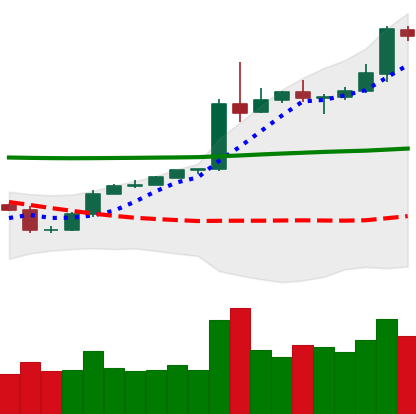
Ticker: BTC-USD
Chart end date: 2020-05-08
Forward return: -5.818%
Label: down_5_7